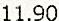
11.90